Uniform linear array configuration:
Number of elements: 64
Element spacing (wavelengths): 0.75
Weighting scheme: kaiser
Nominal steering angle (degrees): -30
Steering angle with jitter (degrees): -29.672
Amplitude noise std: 0.05
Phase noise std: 0.05

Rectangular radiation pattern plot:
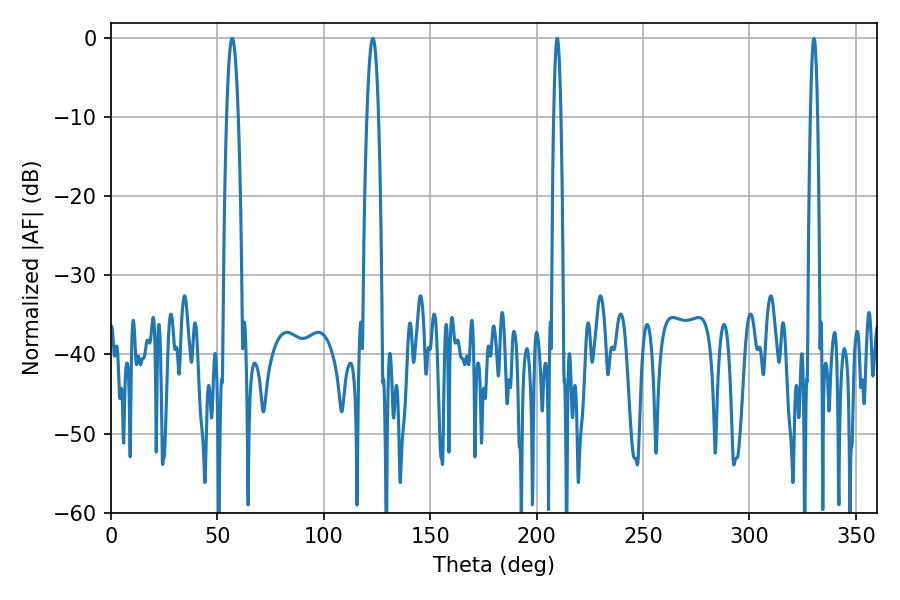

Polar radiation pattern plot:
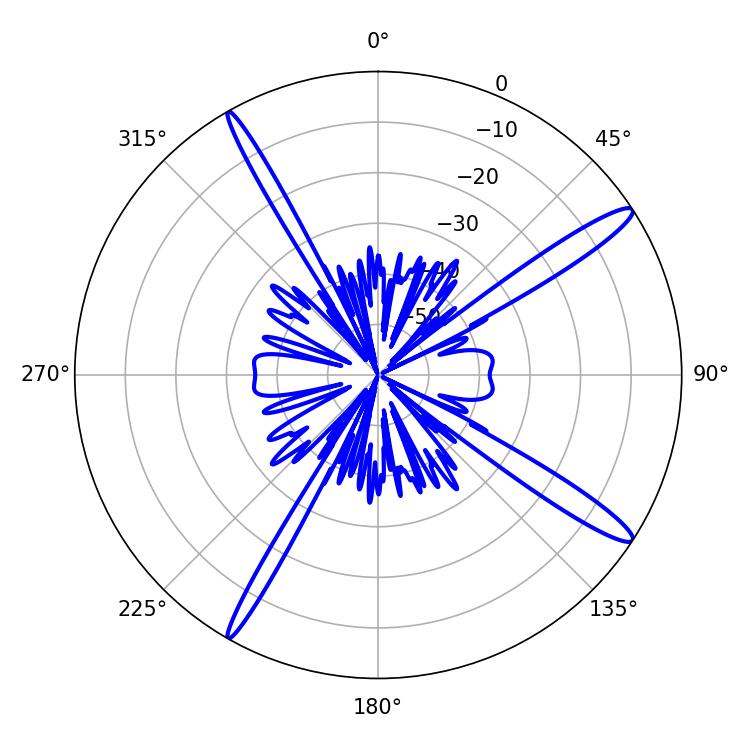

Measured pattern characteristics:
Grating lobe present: TRUE
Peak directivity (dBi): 15.207
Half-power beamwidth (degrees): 1.8
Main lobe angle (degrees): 330.3